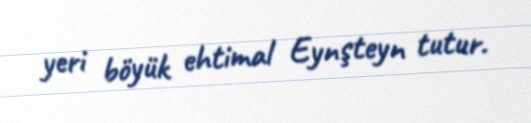
yeri böyük ehtimal Eynşteyn tutur.